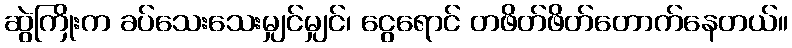
ဆွဲကြိုးက ခပ်သေးသေးမျှင်မျှင်၊ ငွေရောင် တဖိတ်ဖိတ်တောက်နေတယ်။